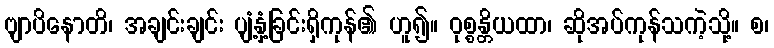
ဗျာပိနောတိ၊ အချင်းချင်း ပျံ့နှံ့ခြင်းရှိကုန်၏ ဟူ၍။ ဝုစ္စန္တိယထာ၊ ဆိုအပ်ကုန်သကဲ့သို့။ စ၊